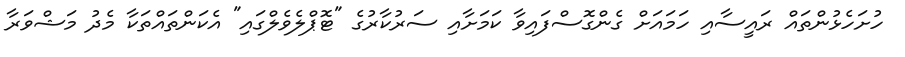
ހުށަހެޅުންތައް ރައީސާއި ހަމައަށް ގެންގޮސްފައިވާ ކަމަށާއި ސަރުކާރުގެ "ޓޮޕްލެވެލްގައި" އެކަންތައްތަކާ މެދު މަޝްވަރާ